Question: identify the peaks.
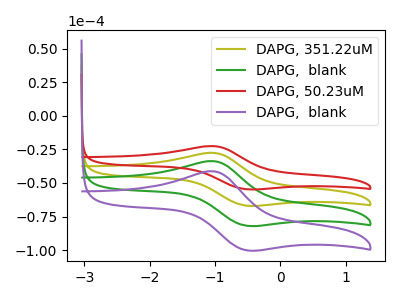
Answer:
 <answer>The olive curve "DAPG, 351.22uM" has an anodic peak at (-1.00V, -27.60uA) and a cathodic peak at (-0.50V, -66.90uA). The green curve "DAPG,  blank" has an anodic peak at (-1.00V, -55.25uA) and a cathodic peak at (-0.50V, -133.75uA). The red curve "DAPG, 50.23uM" has an anodic peak at (-1.00V, -22.55uA) and a cathodic peak at (-0.50V, -54.65uA). The purple curve "DAPG,  blank" has an anodic peak at (-1.00V, -82.85uA) and a cathodic peak at (-0.50V, -200.65uA).</answer>
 <eval></eval>